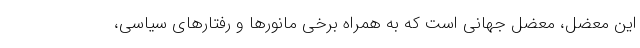
این معضل، معضل جهانی است که به همراه برخی مانورها و رفتارهای سیاسی،